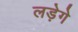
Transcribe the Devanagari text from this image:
लड़ेगे